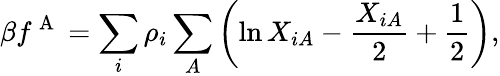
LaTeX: \beta f^{\mathrm{~A~}}=\sum_{i}\rho_{i}\sum_{A}\left(\ln X_{iA}-\frac{X_{iA}}{2}+\frac{1}{2}\right),